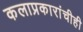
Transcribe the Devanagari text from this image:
कलाप्रकारांचीही